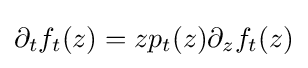
\displaystyle {\partial _{t}f_{t}(z)=zp_{t}(z)\partial _{z}f_{t}(z)}